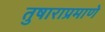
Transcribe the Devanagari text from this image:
तुषाराप्रमाणे